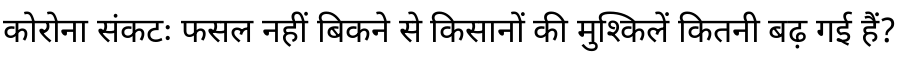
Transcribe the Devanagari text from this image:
कोरोना संकटः फसल नहीं बिकने से किसानों की मुश्किलें कितनी बढ़ गई हैं?